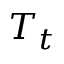
T _ { t }